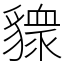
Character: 䝦